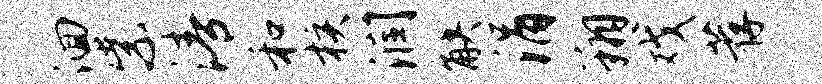
洄紫清和核润觖涓翔戏荐